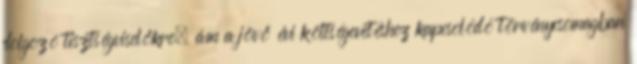
dolgozó tisztségviselőkre, ám a jövő évi költségevetéshez kapcsolódó törvénycsomagban